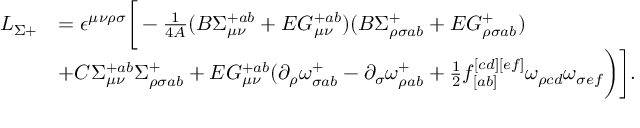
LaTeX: \begin{array} { l l } { { L _ { \Sigma + } } } & { { = \epsilon ^ { \mu \nu \rho \sigma } \bigg [ - \frac { 1 } { 4 A } ( B \Sigma _ { \mu \nu } ^ { + a b } + E G _ { \mu \nu } ^ { + a b } ) ( B \Sigma _ { \rho \sigma a b } ^ { + } + E G _ { \rho \sigma a b } ^ { + } ) } } \\ { { } } & { { + C \Sigma _ { \mu \nu } ^ { + a b } \Sigma _ { \rho \sigma a b } ^ { + } + E G _ { \mu \nu } ^ { + a b } ( \partial _ { \rho } \omega _ { \sigma a b } ^ { + } - \partial _ { \sigma } \omega _ { \rho a b } ^ { + } + { \frac { 1 } { 2 } } f _ { [ a b ] } ^ { [ c d ] [ e f ] } \omega _ { \rho c d } \omega _ { \sigma e f } \bigg ) \bigg ] . } } \end{array}